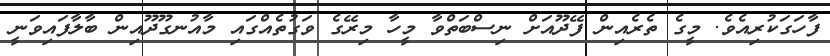
ފާހަގަކުރިއެވެ. މީގެ ތެރެއިން ފޭދޫއަށް ނިސްބަތްވާ މީހާ މިރޭގެ ވަގުތެއްގައި މާއުނގޫދޫއިން ބާލާފައިވަނީ